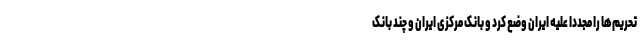
تحریم‌ها را مجدداً علیه ایران وضع کرد و بانک مرکزی ایران و چند بانک